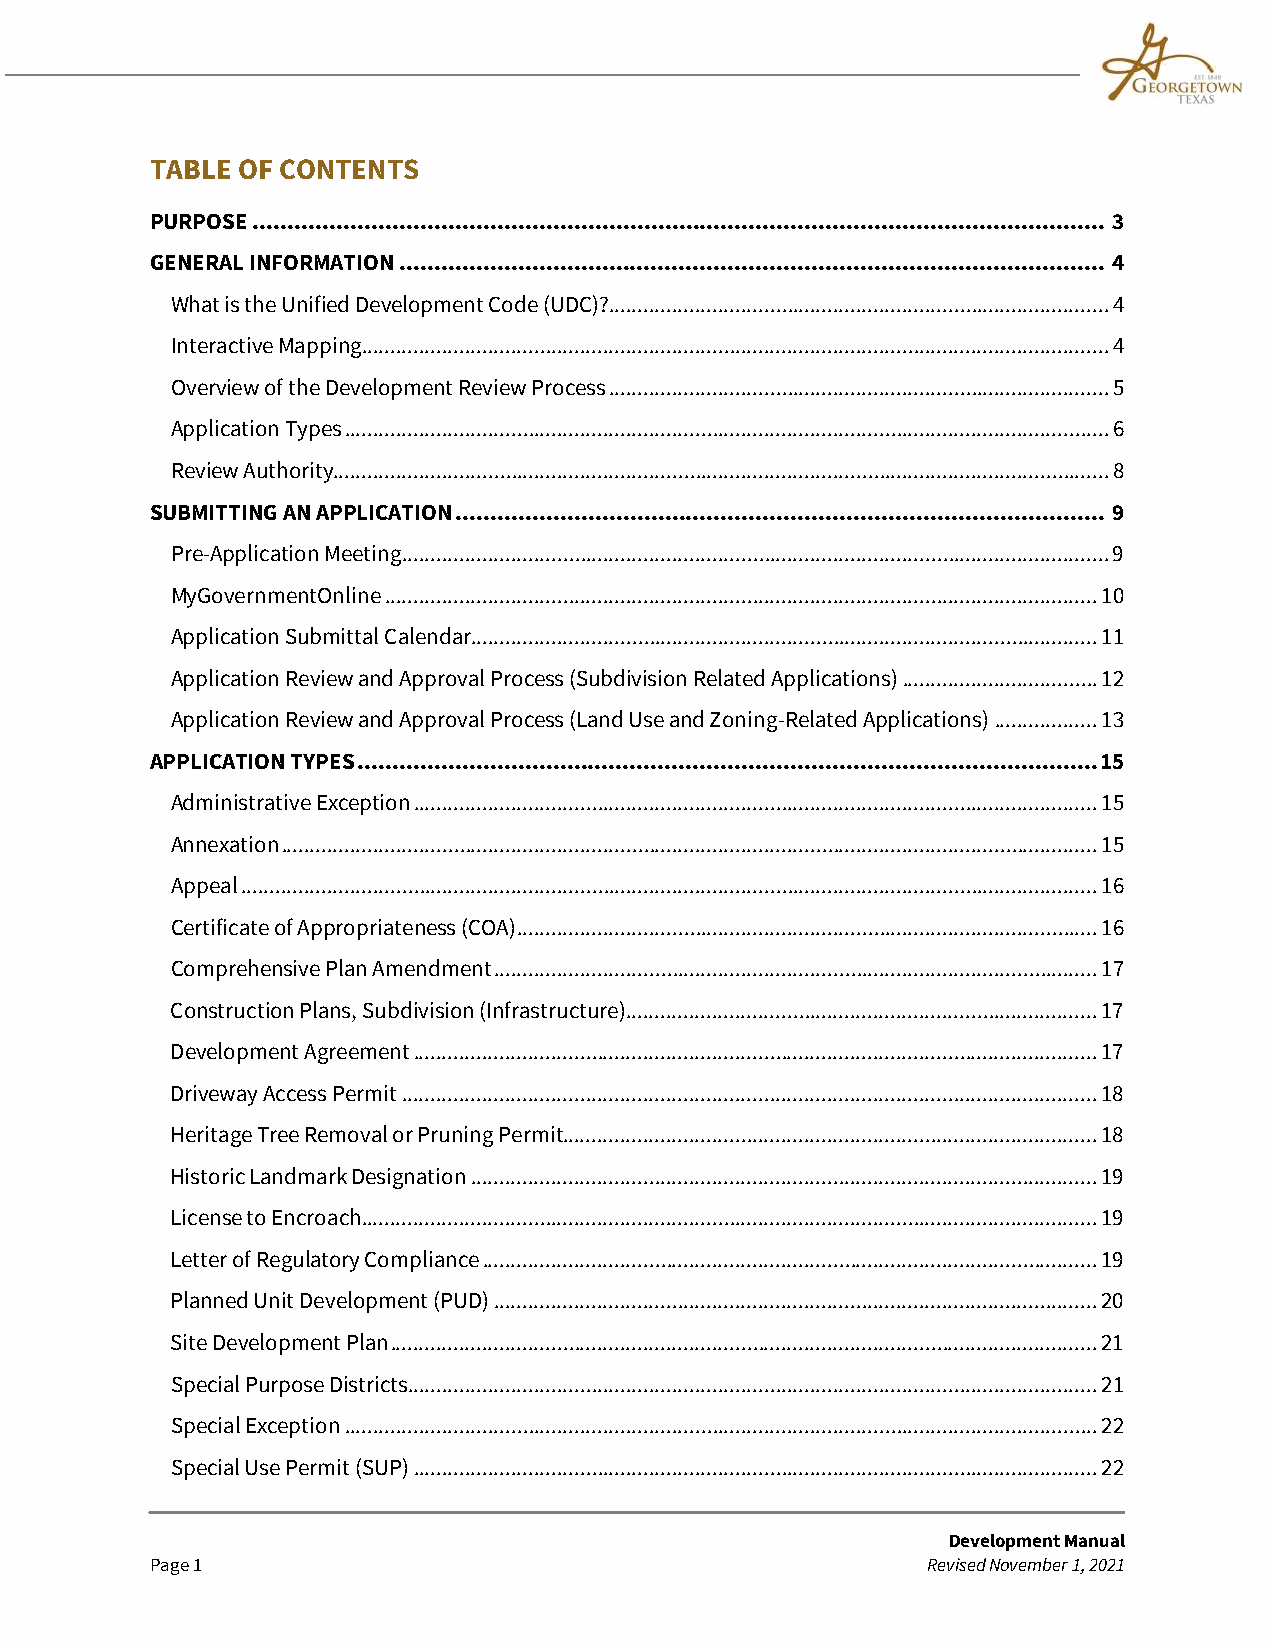
TABLE OF CONTENTS
 PURPOSE .......................................................................................................................... 3
 GENERAL INFORMATION ..................................................................................................... 4
 What is the Unified Development Code (UDC)? ....................................................................................... 4
 Interactive Mapping .................................................................................................................................. 4
 Overview of the Development Review Process ....................................................................................... 5
 Application Types ..................................................................................................................................... 6
 Review Authority....................................................................................................................................... 8
 SUBMITTING AN APPLICATION ............................................................................................. 9
 Pre-Application Meeting ........................................................................................................................... 9
 MyGovernmentOnline ............................................................................................................................ 10
 Application Submittal Calendar ............................................................................................................. 11
 Application Review and Approval Process (Subdivision Related Applications) .................................. 12
 Application Review and Approval Process (Land Use and Zoning-Related Applications) .................. 13
 APPLICATION TYPES .......................................................................................................... 15
 Administrative Exception ....................................................................................................................... 15
 Annexation .............................................................................................................................................. 15
 Appeal ..................................................................................................................................................... 16
 Certificate of Appropriateness (COA) ..................................................................................................... 16
 Comprehensive Plan Amendment ......................................................................................................... 17
 Construction Plans, Subdivision (Infrastructure) .................................................................................. 17
 Development Agreement ....................................................................................................................... 17
 Driveway Access Permit ......................................................................................................................... 18
 Heritage Tree Removal or Pruning Permit............................................................................................. 18
 Historic Landmark Designation ............................................................................................................. 19
 License to Encroach ................................................................................................................................ 19
 Letter of Regulatory Compliance ........................................................................................................... 19
 Planned Unit Development (PUD) ......................................................................................................... 20
 Site Development Plan ........................................................................................................................... 21
 Special Purpose Districts ........................................................................................................................ 21
 Special Exception ................................................................................................................................... 22
 Special Use Permit (SUP) ....................................................................................................................... 22
 Development Manual
 Page 1                                             Revised November 1, 2021